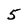
Character: 5